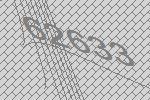
62633